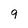
Character: 9